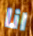
انا